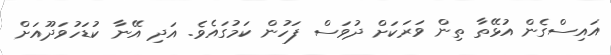
އައިސްގެން އުޅޭތާ ތިން ވަރަކަށް ދުވަސް ފަހުން ކަމުގައެވެ. އަދި އޭނާ ކުޑަހުވަދޫއަށް